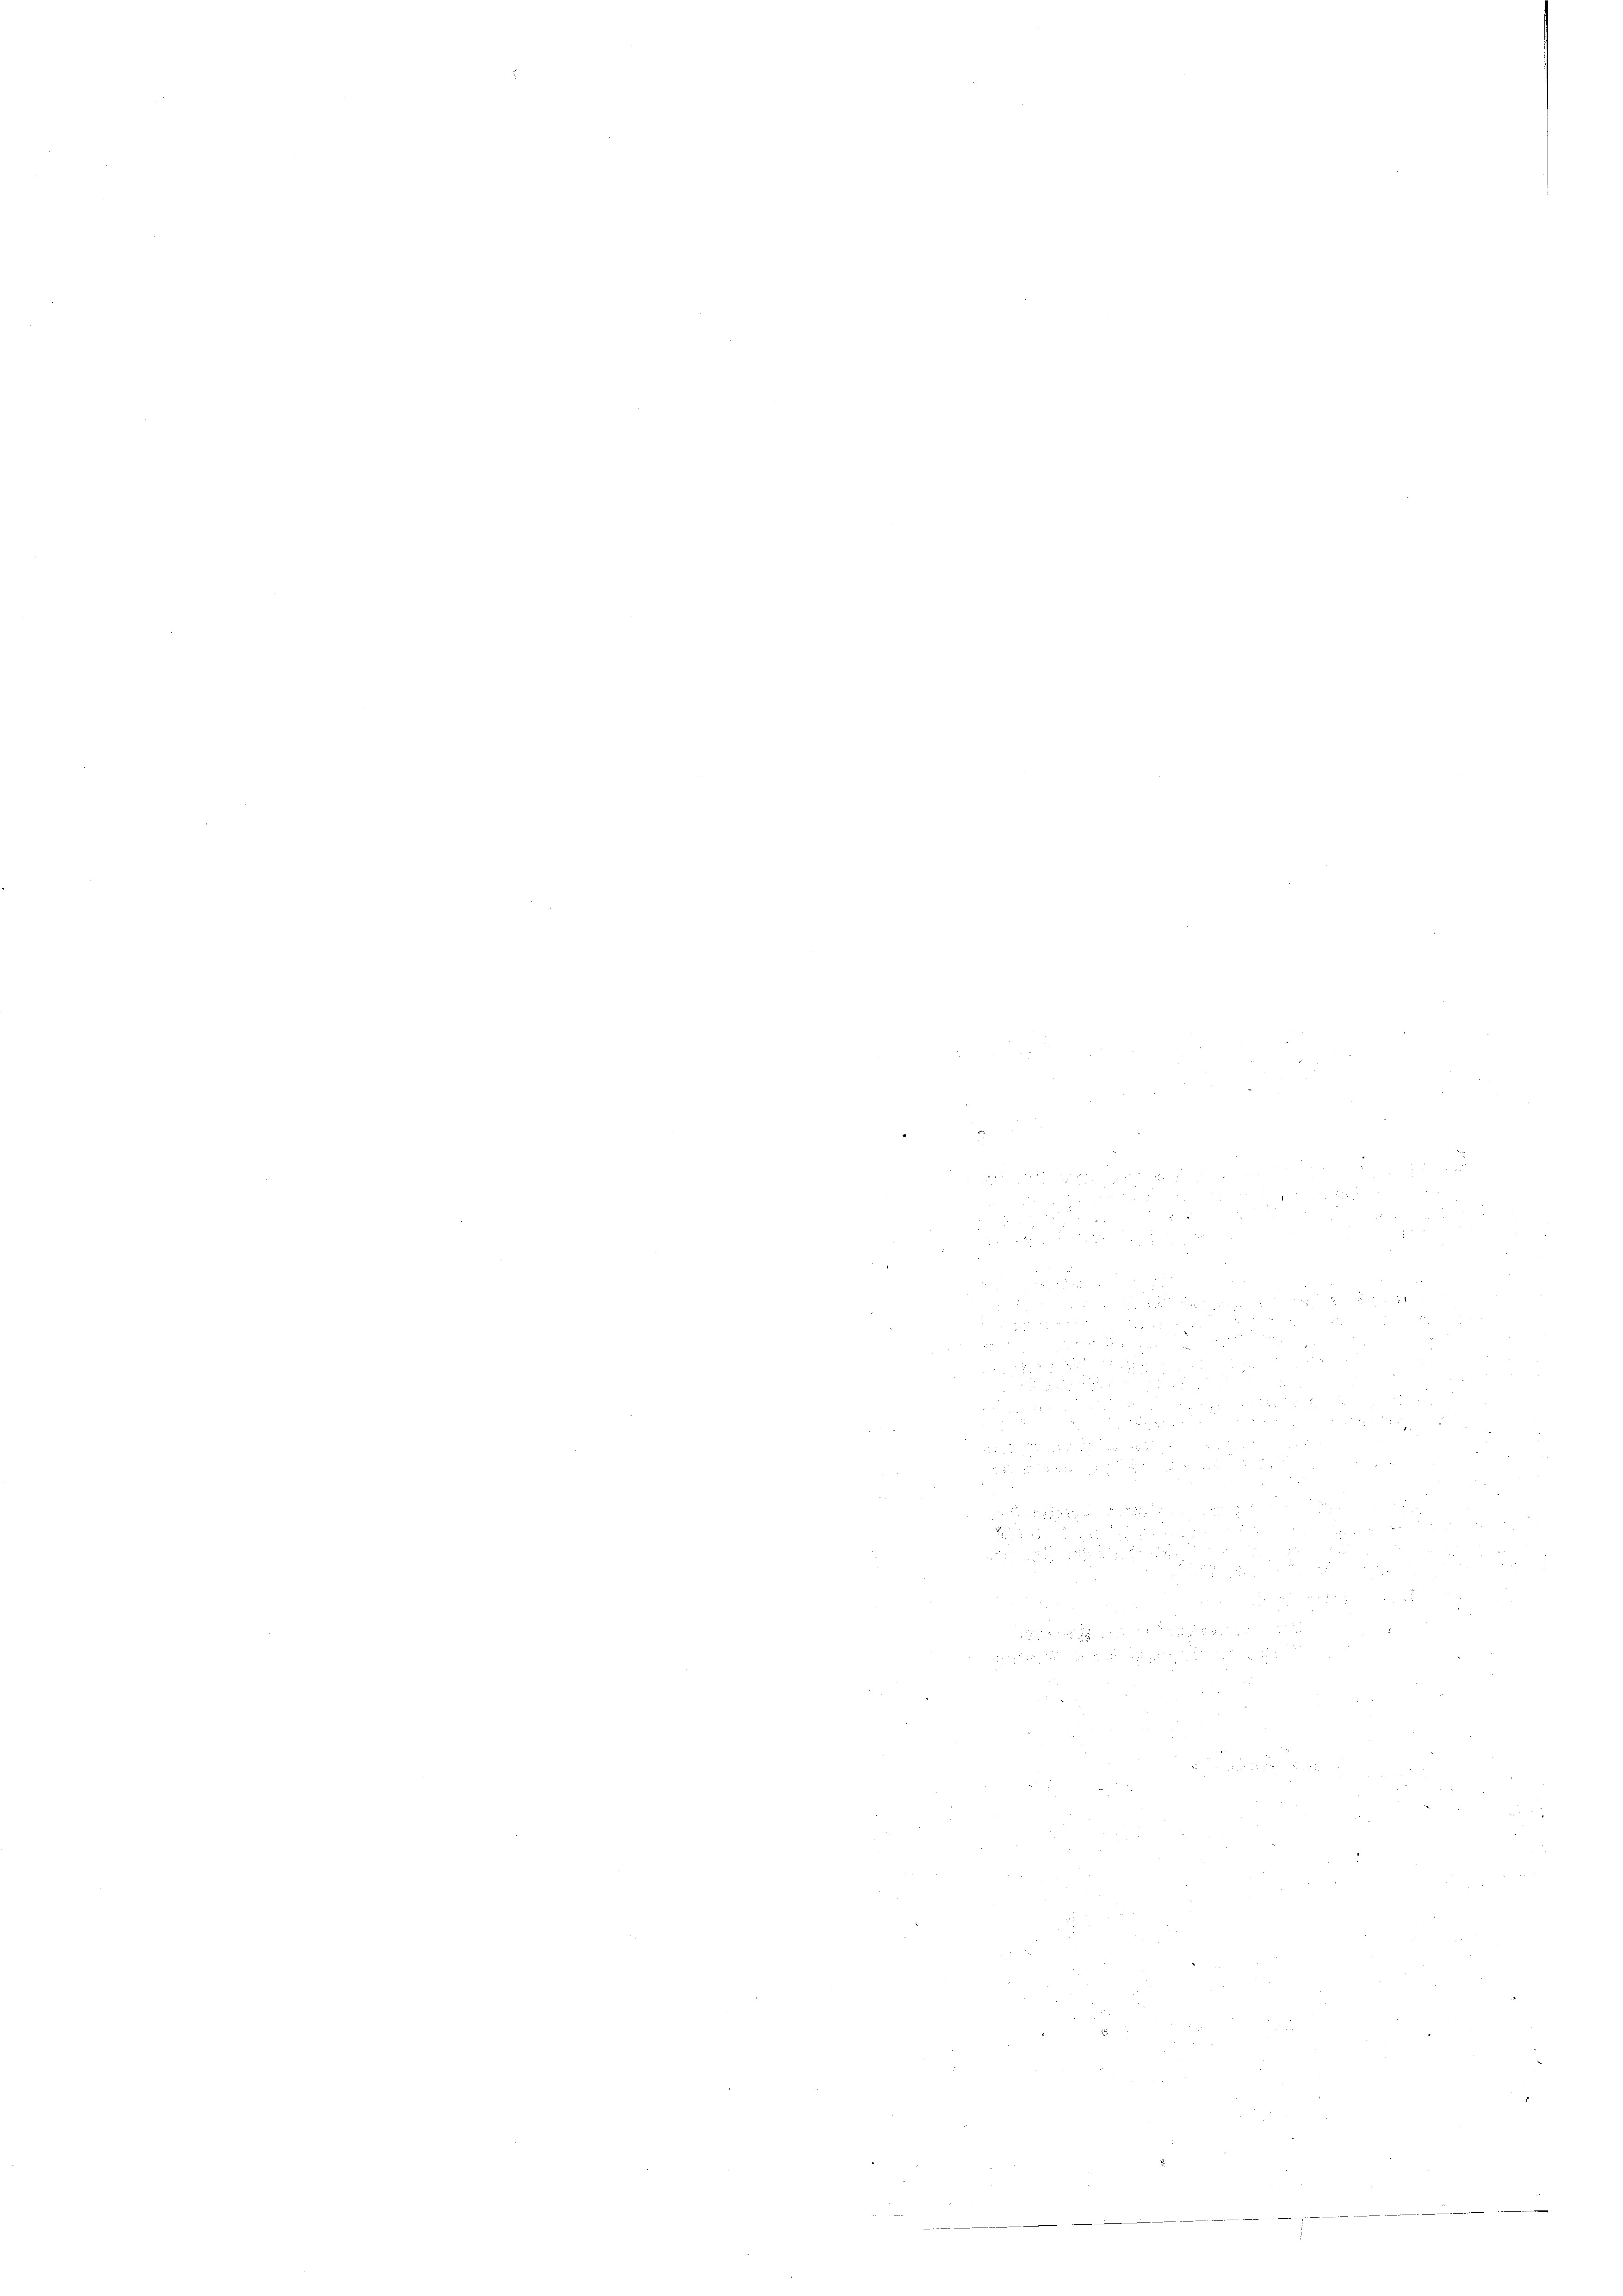
e

¬

.
e

¬

2

1

e

e
8
e
3.
8
e
¬
e
e
2
2
"
e
.
e
.
7
e
2 x 2 2
 2
 xxx
d
5

 48
d
e
2
n

e
.
e
.
8

e
e
e
e
n
e
5x
¬
e
27

         8
e
e

a 2
 xx

.
e
.
icher
e
.
22
2
 2
.

2
22
55

e

.
5
5 x 1858
 2

¬
35

§ 58
25
5
n
d
n
22
8

e
.
.
¬
 x 2 x
 x 2
.
8

.
e

.
22
 2 x 2 x
.
e
¬
2
e

2 x 2
e

.
.
.
.
d

n
e
e
e
2

n
 2
e

n

5
e
E
e
u.

.
d
2
1
.
 3222 Al. 2 b S. die sich hat und die der in in ich nicht ist die  |
e